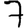
Digit: 7